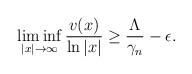
LaTeX: \begin{align*}\liminf_{ |x|\rightarrow \infty}\frac{v(x)}{\ln |x|}\geq \frac{\Lambda}{\gamma_{n}}-\epsilon.\end{align*}